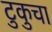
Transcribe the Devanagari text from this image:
टुकुचा